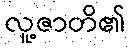
လူ့ဇာတိ၏